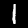
Digit: 1